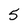
Character: 5